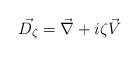
LaTeX: \begin{align*}\vec{D_{\zeta}}=\vec{\nabla}+i\zeta \vec{V}\end{align*}